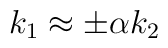
k_1 \approx \pm \alpha k_2